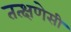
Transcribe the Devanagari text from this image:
तत्क्षणेसी